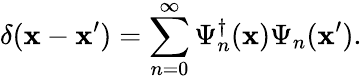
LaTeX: \delta(\mathbf{x}-\mathbf{x}^{\prime})=\sum_{n=0}^{\infty}\Psi_{n}^{\dagger}(\mathbf{x})\Psi_{n}(\mathbf{x}^{\prime}).